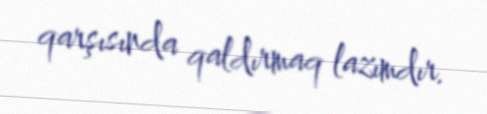
qarşısında qaldırmaq lazımdır.